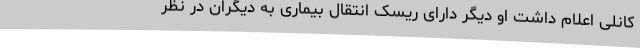
کانلی اعلام داشت او دیگر دارای ریسک انتقال بیماری به دیگران در نظر